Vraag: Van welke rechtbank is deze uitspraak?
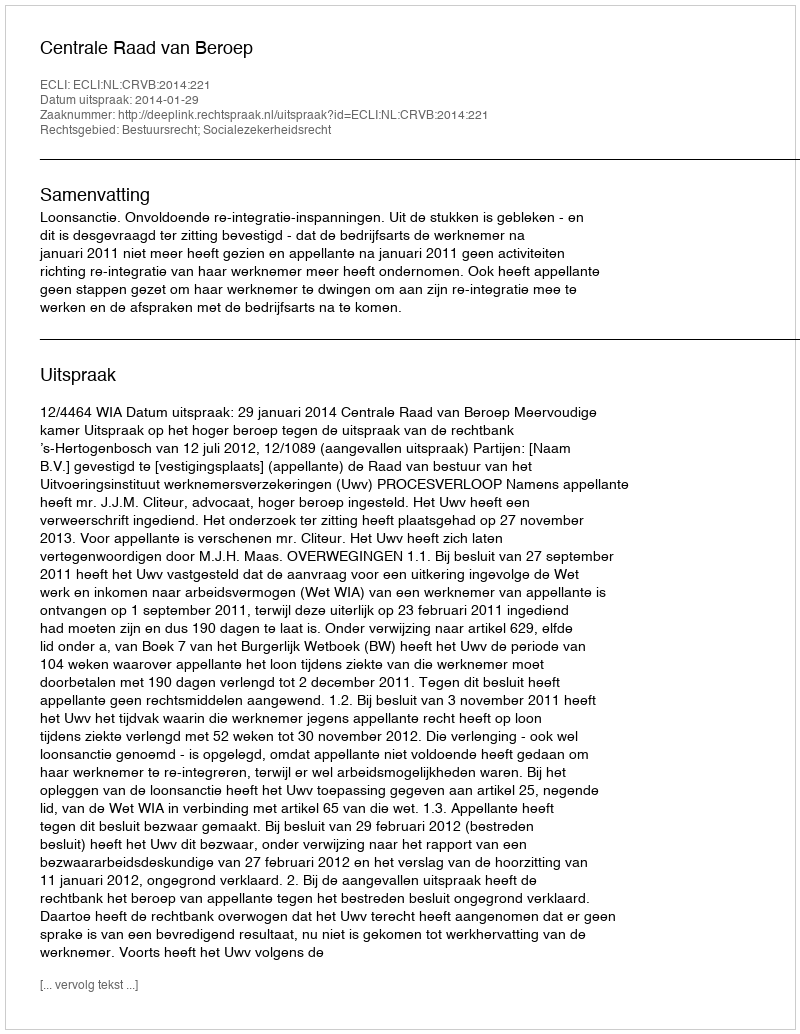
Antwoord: Centrale Raad van Beroep